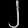
Digit: ၂